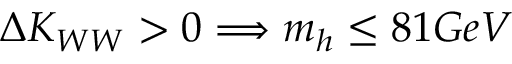
\Delta K _ { W W } > 0 \Longrightarrow m _ { h } \leq 8 1 G e V